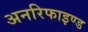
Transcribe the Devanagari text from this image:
अनरिफाइण्ड